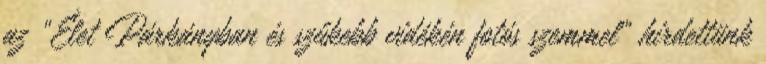
az „Élet Párkányban és szűkebb vidékén fotós szemmel” hirdettünk